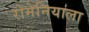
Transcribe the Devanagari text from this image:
रोमेनियाला